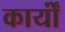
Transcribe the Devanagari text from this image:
कार्योंं